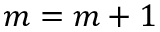
m = m + 1